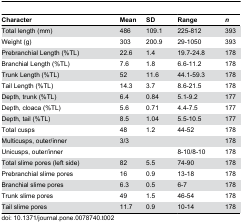
<table><thead><tr><td><b>Character</b></td><td><b>Mean</b></td><td><b>SD</b></td><td><b>Range</b></td><td><b><i>n</i></b></td></tr></thead><tbody><tr><td>Total length (mm)</td><td> 486</td><td> 109.1</td><td> 225-812</td><td>393</td></tr><tr><td>Weight (g)</td><td> 303</td><td> 200.9</td><td> 29-1050</td><td>393</td></tr><tr><td>Prebranchial Length (%TL)</td><td> 22.6</td><td> 1.4</td><td> 19.7-24.8</td><td>178</td></tr><tr><td>Branchial Length (%TL)</td><td> 7.6</td><td> 1.8</td><td> 6.6-11.2</td><td>178</td></tr><tr><td>Trunk Length (%TL)</td><td> 52</td><td> 11.6</td><td> 44.1-59.3</td><td>178</td></tr><tr><td>Tail Length (%TL)</td><td> 14.3</td><td> 3.7</td><td> 8.6-21.5</td><td>178</td></tr><tr><td>Depth, trunk (%TL)</td><td> 6.4</td><td> 0.84</td><td> 5.1-9.2</td><td>177</td></tr><tr><td>Depth, cloaca (%TL)</td><td> 5.6</td><td> 0.71</td><td> 4.4-7.5</td><td>177</td></tr><tr><td>Depth, tail (%TL)</td><td> 8.5</td><td> 1.04</td><td> 5.5-10.5</td><td>177</td></tr><tr><td>Total cusps</td><td> 48</td><td> 1.2</td><td> 44-52</td><td>178</td></tr><tr><td>Multicusps, outer/inner </td><td> 3/3</td><td></td><td></td><td>178</td></tr><tr><td>Unicusps, outer/inner</td><td></td><td></td><td> 8-10/8-10</td><td>178</td></tr><tr><td>Total slime pores (left side)</td><td> 82</td><td> 5.5</td><td> 74-90</td><td>178</td></tr><tr><td>Prebranchial slime pores</td><td> 16</td><td> 0.9</td><td> 13-18</td><td>178</td></tr><tr><td>Branchial slime pores</td><td> 6.3</td><td> 0.5</td><td> 6-7</td><td>178</td></tr><tr><td>Trunk slime pores</td><td> 49</td><td> 1.5</td><td> 46-54</td><td>178</td></tr><tr><td>Tail slime pores</td><td> 11.7</td><td> 0.9</td><td> 10-14</td><td>178</td></tr></tbody></table>